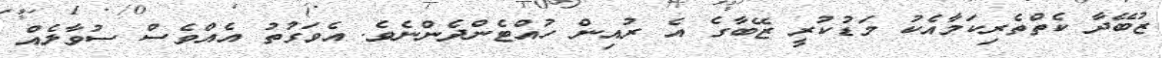
ޒުބޭދާ ކެތްތެރިކަމާއެކު މަޑުކުރީ ޒޭބާގެ އެ ރުއިން ހުއްޓެންދެންނެވެ. އެވަގުތު އެއްވެސް ސުވާލެއް